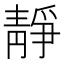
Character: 靜